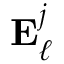
\mathbf { E } _ { \ell } ^ { j }